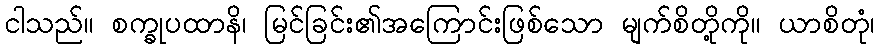
ငါသည်။ စက္ခုပထာနိ၊ မြင်ခြင်း၏အကြောင်းဖြစ်သော မျက်စိတို့ကို။ ယာစိတုံ၊